Document type: Sale
Year: 1423
Scribe: Joan Franc
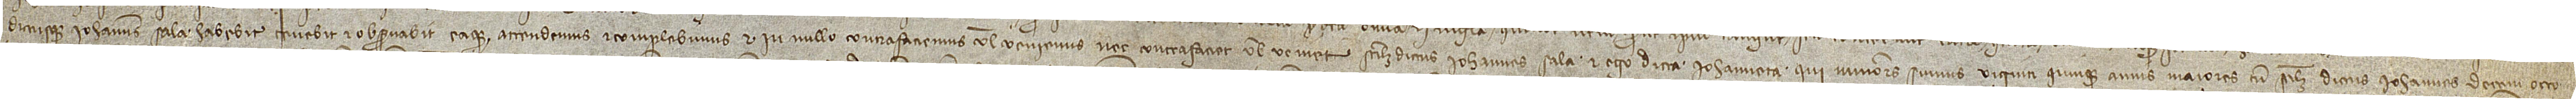
dictusque Iohannes Sala habebit, tenebit et observabit eaque attendemus et complebimus et in nullo contrafaciemus vel veniemus nec contrafaciet vel veniet; scilicet, dictus Iohannes Sala et ego dicta Iohanneta, qui minores sumus viginti quinque annis, maiores tamen, scilicet, dictus Iohannes decem octo,